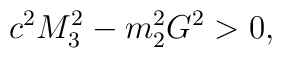
c^{2}M_{3}^{2} - m_{2}^{2}G^{2} > 0,